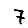
Digit: 7